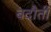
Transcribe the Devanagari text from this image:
बदौती